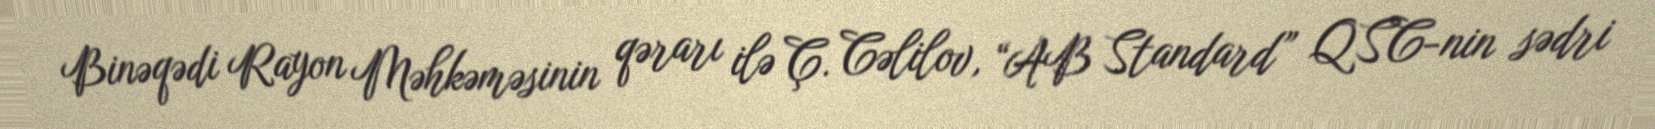
Binəqədi Rayon Məhkəməsinin qərarı ilə Ç. Cəlilov, “AB Standard” QSC-nin sədri